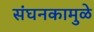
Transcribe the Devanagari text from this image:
संघनकामुळे